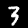
Label: 3